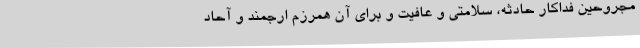
مجروحین فداکار حادثه، سلامتی و عافیت و برای آن همرزم ارجمند و آحاد